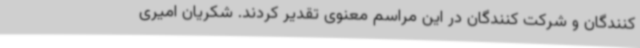
کنندگان و شرکت کنندگان در این مراسم معنوی تقدیر کردند. شکریان امیری